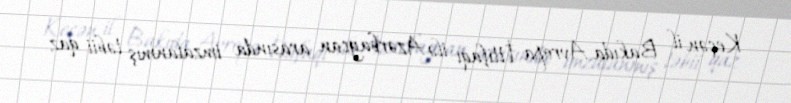
Keçən il Bakıda Avropa İttifaqı ilə Azərbaycan arasında imzalanmış təbii qaz